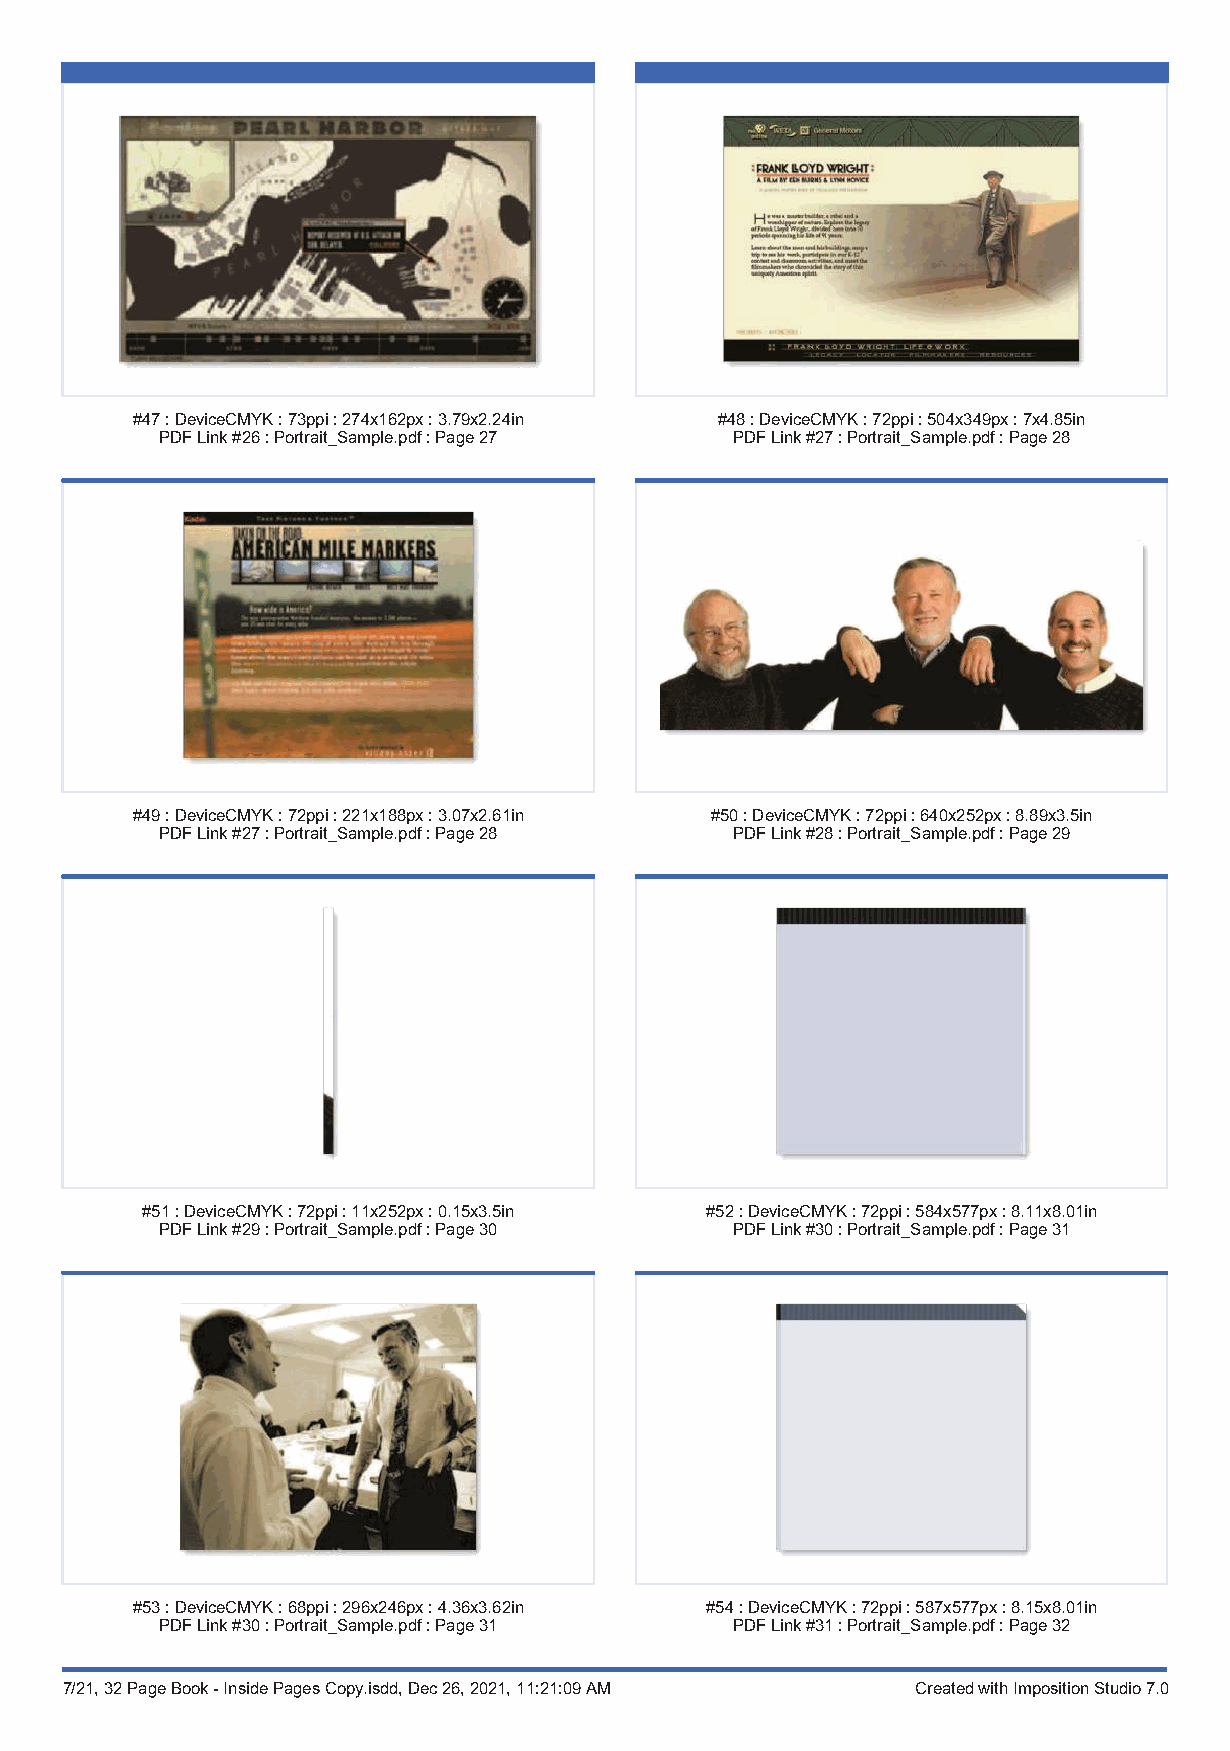
#47:DeviceCMYK:73ppi:274x162px:3.79x2.24in #48:DeviceCMYK:72ppi:504x349px:7x4.85in
 PDFLink#26:Portrait_Sample.pdf:Page27 PDFLink#27:Portrait_Sample.pdf:Page28
 #49:DeviceCMYK:72ppi:221x188px:3.07x2.61in #50:DeviceCMYK:72ppi:640x252px:8.89x3.5in
 PDFLink#27:Portrait_Sample.pdf:Page28 PDFLink#28:Portrait_Sample.pdf:Page29
 #51:DeviceCMYK:72ppi:11x252px:0.15x3.5in #52:DeviceCMYK:72ppi:584x577px:8.11x8.01in
 PDFLink#29:Portrait_Sample.pdf:Page30 PDFLink#30:Portrait_Sample.pdf:Page31
 #53:DeviceCMYK:68ppi:296x246px:4.36x3.62in #54:DeviceCMYK:72ppi:587x577px:8.15x8.01in
 PDFLink#30:Portrait_Sample.pdf:Page31 PDFLink#31:Portrait_Sample.pdf:Page32
 7/21, 32 Page Book - Inside Pages Copy.isdd, Dec 26, 2021, 11:21:09 AM Created with Imposition Studio 7.0